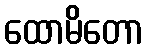
ထောမိတော